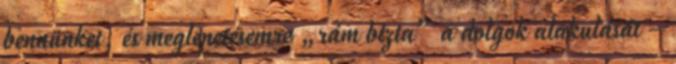
bennünket, és meglepetésemre „rám bízta” a dolgok alakulását –